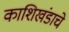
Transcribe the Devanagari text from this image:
काशिखंडाचे